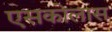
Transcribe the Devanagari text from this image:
एसकोलास